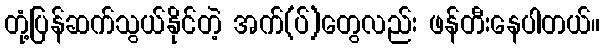
တုံ့ပြန်ဆက်သွယ်နိုင်တဲ့ အက်(ပ်)တွေလည်း ဖန်တီးနေပါတယ်။